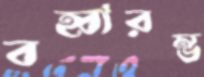
বহ্বারম্ভ